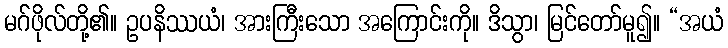
မဂ်ဖိုလ်တို့၏။ ဥပနိဿယံ၊ အားကြီးသော အကြောင်းကို။ ဒိသွာ၊ မြင်တော်မူ၍။ “အယံ